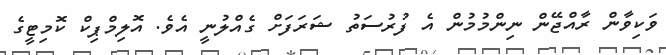
ވަކިވާން ރާއްޖޭން ނިންމުމުން އެ ފުރުސަތު ޝަރަފަށް ގެއްލުނީ އެވެ. އޮލިމްޕިކް ކޮމިޓީގެ